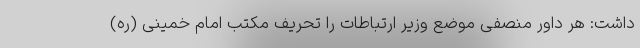
داشت: هر داور منصفی موضع وزیر ارتباطات را تحریف مکتب امام خمینی (ره)